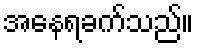
အနေရခက်သည်။